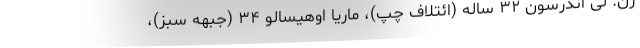
زن. لی اندرسون ۳۲ ساله (ائتلاف چپ)، ماریا اوهیسالو ۳۴ (جبهه سبز)،